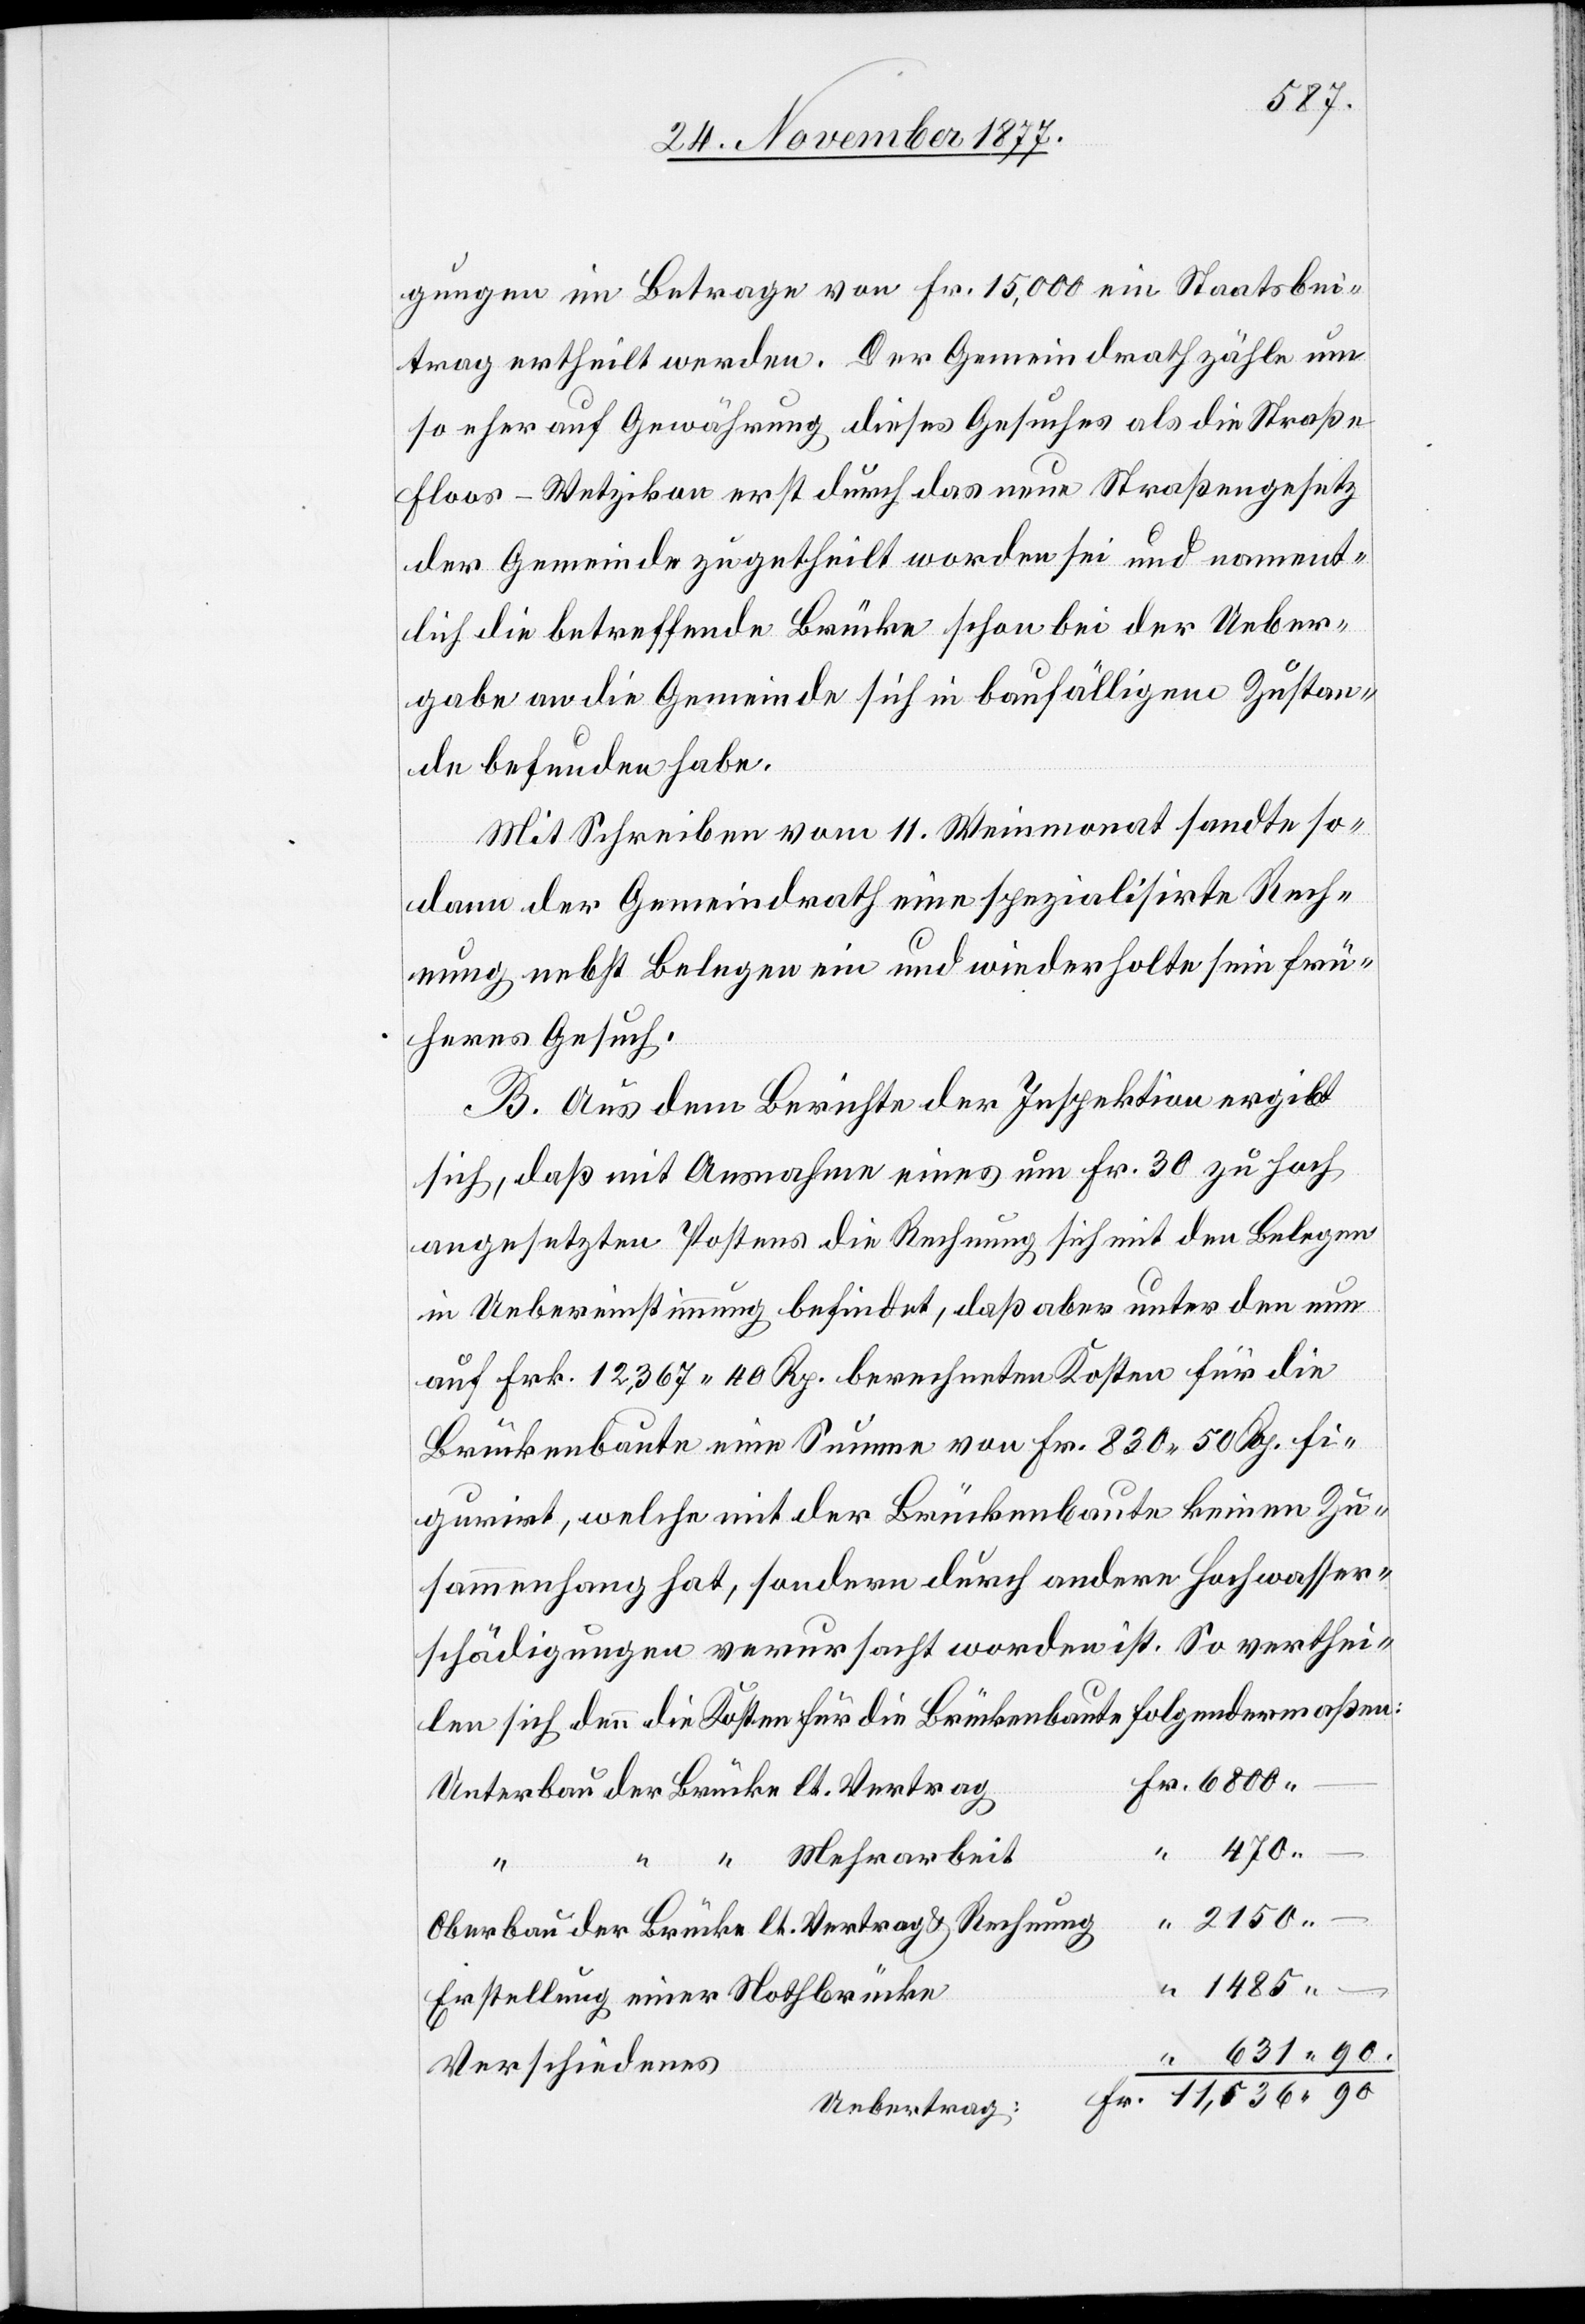
gungen im Betrage von Fr. 15,000 ein Staatsbei¬
trag ertheilt werden. Der Gemeindrath zähle um
so eher auf Gewährung dieses Gesuches als die Straße
Floos–Wetzikon erst durch das neue Straßengesetz
der Gemeinde zugetheilt worden sei und nament¬
lich die betreffende Brücke schon bei der Ueber¬
gabe an die Gemeinde sich in baufälligem Zustan¬
de befunden habe.
Mit Schreiben vom 11. Weinmonat sandte so¬
dann der Gemeindrath eine spezialisirte Rech¬
nung nebst Belegen ein und wiederholte sein frü¬
heres Gesuch.
B. Aus dem Berichte der Inspektion ergibt
sich, daß mit Ausnahme eines um Fr. 30 zu hoch
angesetzten Postens die Rechnung sich mit den Belegen
in Uebereinstimmung befindet, daß aber unter den nun
auf Frk. 12,367 40 Rp. berechneten Kosten für die
Brückenbaute eine Summe von Fr. 830 50 Rp. fi¬
gurirt, welche mit der Brückenbaute keinen Zu¬
sammenhang hat, sondern durch andere Hochwasser¬
schädigungen verursacht worden ist. So verthei¬
folgendermaßen:
len sich denn die Kosten für die Brückenbaute
Fr. 6800 –
Unterbau der Brücke lt. Vertrag
470
–
“ “ Mehrarbeit
“
2150
Oberbau der Brücke lt. Vertrag & Rechnung
“ 1485 –
Erstellung einer Nothbrücke
“ 631 90.
Verschiedenes